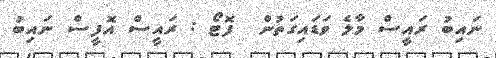
ނައިބު ރައީސް މާލެ ވަޑައިގަތުން  ފޮޓޯ : ރައީސް އޮފީސް ނައިބު